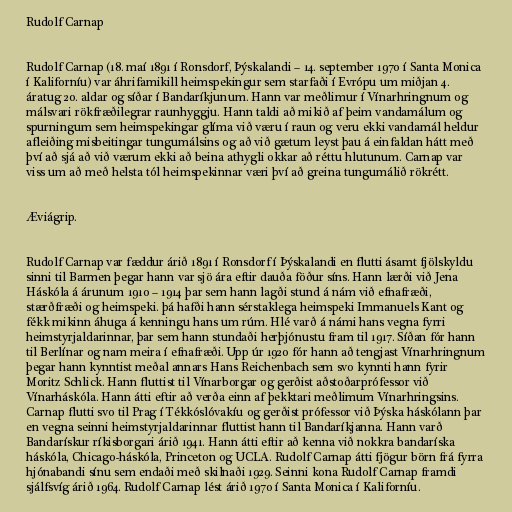
Rudolf Carnap

Rudolf Carnap (18. maí 1891 í Ronsdorf, Þýskalandi – 14. september 1970 í Santa Monica
í Kaliforníu) var áhrifamikill heimspekingur sem starfaði í Evrópu um miðjan 4.
áratug 20. aldar og síðar í Bandaríkjunum. Hann var meðlimur í Vínarhringnum og
málsvari rökfræðilegrar raunhyggju. Hann taldi að mikið af þeim vandamálum og
spurningum sem heimspekingar glíma við væru í raun og veru ekki vandamál heldur
afleiðing misbeitingar tungumálsins og að við gætum leyst þau á einfaldan hátt með
því að sjá að við værum ekki að beina athygli okkar að réttu hlutunum. Carnap var
viss um að með helsta tól heimspekinnar væri því að greina tungumálið rökrétt.

Æviágrip.

Rudolf Carnap var fæddur árið 1891 í Ronsdorf í Þýskalandi en flutti ásamt fjölskyldu
sinni til Barmen þegar hann var sjö ára eftir dauða föður síns. Hann lærði við Jena
Háskóla á árunum 1910 – 1914 þar sem hann lagði stund á nám við efnafræði,
stærðfræði og heimspeki. þá hafði hann sérstaklega heimspeki Immanuels Kant og
fékk mikinn áhuga á kenningu hans um rúm. Hlé varð á námi hans vegna fyrri
heimstyrjaldarinnar, þar sem hann stundaði herþjónustu fram til 1917. Síðan fór hann
til Berlínar og nam meira í efnafræði. Upp úr 1920 fór hann að tengjast Vínarhringnum
þegar hann kynntist meðal annars Hans Reichenbach sem svo kynnti hann fyrir
Moritz Schlick. Hann fluttist til Vínarborgar og gerðist aðstoðarprófessor við
Vínarháskóla. Hann átti eftir að verða einn af þekktari meðlimum Vínarhringsins.
Carnap flutti svo til Prag í Tékkóslóvakíu og gerðist prófessor við Þýska háskólann þar
en vegna seinni heimstyrjaldarinnar fluttist hann til Bandaríkjanna. Hann varð
Bandarískur ríkisborgari árið 1941. Hann átti eftir að kenna við nokkra bandaríska
háskóla, Chicago-háskóla, Princeton og UCLA. Rudolf Carnap átti fjögur börn frá fyrra
hjónabandi sínu sem endaði með skilnaði 1929. Seinni kona Rudolf Carnap framdi
sjálfsvíg árið 1964. Rudolf Carnap lést árið 1970 í Santa Monica í Kaliforníu.